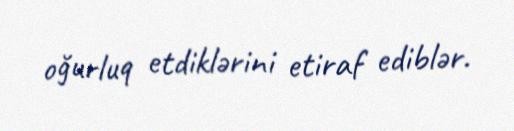
oğurluq etdiklərini etiraf ediblər.